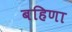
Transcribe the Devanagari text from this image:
बहिणा